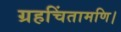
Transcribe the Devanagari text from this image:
ग्रहचिंतामणि।